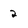
Character: 2